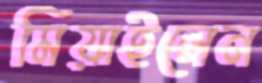
মিয়াইলেন